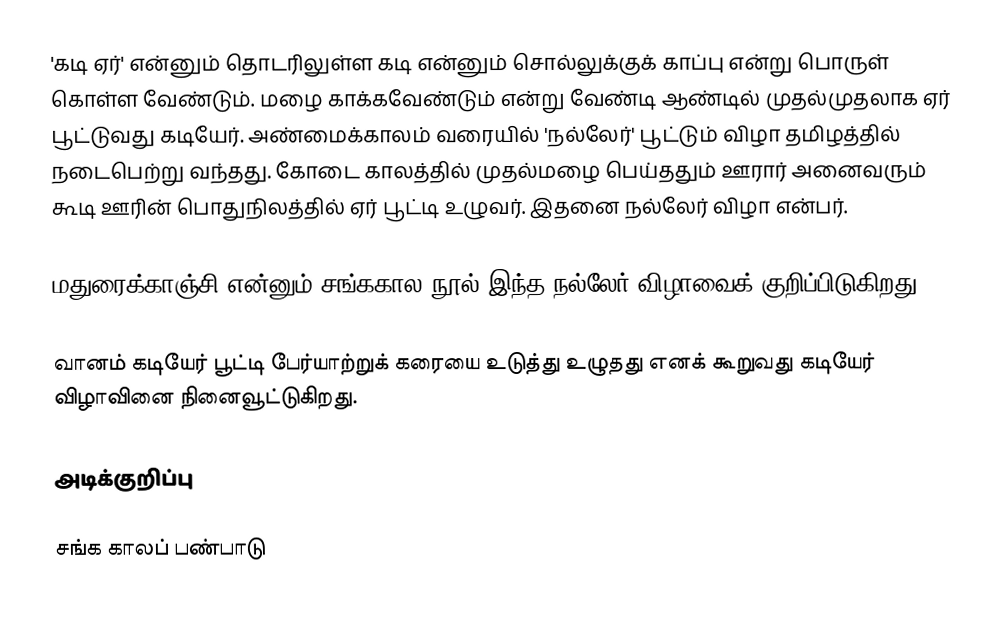
'கடி ஏர்' என்னும் தொடரிலுள்ள கடி என்னும் சொல்லுக்குக் காப்பு என்று பொருள் கொள்ள வேண்டும். மழை காக்கவேண்டும் என்று வேண்டி ஆண்டில் முதல்முதலாக ஏர் பூட்டுவது கடியேர். அண்மைக்காலம் வரையில் 'நல்லேர்' பூட்டும் விழா தமிழத்தில் நடைபெற்று வந்தது. கோடை காலத்தில் முதல்மழை பெய்ததும் ஊரார் அனைவரும் கூடி ஊரின் பொதுநிலத்தில் ஏர் பூட்டி உழுவர். இதனை நல்லேர் விழா என்பர்.

மதுரைக்காஞ்சி என்னும் சங்ககால நூல் இந்த நல்லேர் விழாவைக் குறிப்பிடுகிறது.

வானம் கடியேர் பூட்டி பேர்யாற்றுக் கரையை உடுத்து உழுதது எனக் கூறுவது கடியேர் விழாவினை நினைவூட்டுகிறது.

அடிக்குறிப்பு

சங்க காலப் பண்பாடு